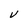
Character: V